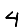
Digit: 4